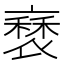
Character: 𧛿